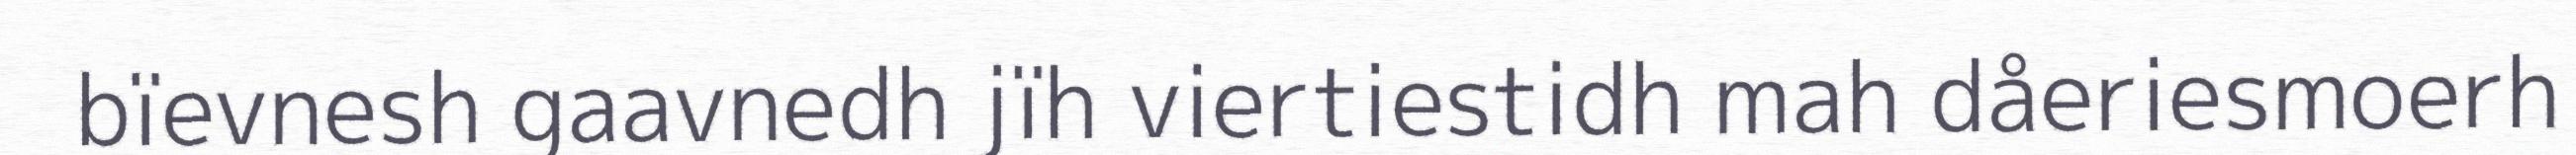
bïevnesh gaavnedh jïh viertiestidh mah dåeriesmoerh